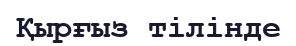
Қырғыз тілінде